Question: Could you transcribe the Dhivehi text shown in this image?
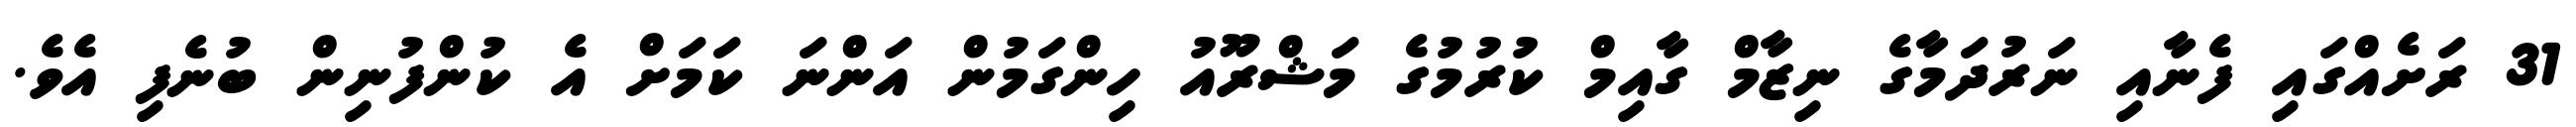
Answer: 31 ރަށެއްގައި ފެނާއި ނަރުދަމާގެ ނިޒާމް ގާއިމް ކުރުމުގެ މަޝްރޫއު ހިންގަމުން އަންނަ ކަމަށް އެ ކުންފުނިން ބުނެފި އެވެ.